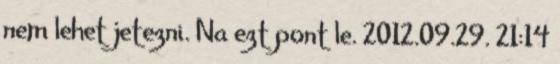
nem lehet jetezni. Na ezt pont le. 2012.09.29. 21:14